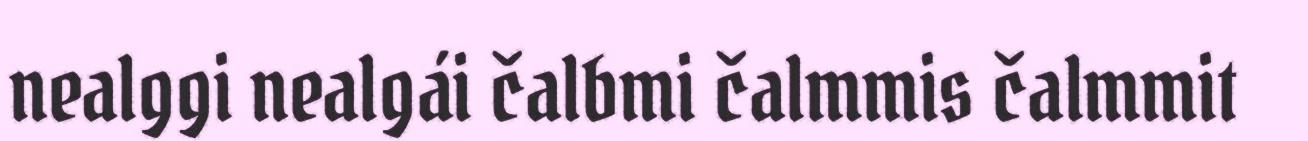
nealggi nealgái čalbmi čalmmis čalmmit